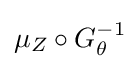
\mu _{Z}\circ G_{\theta }^{-1}